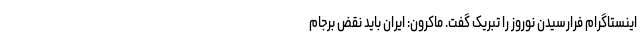
اینستاگرام فرارسیدن نوروز را تبریک گفت. ماکرون: ایران باید نقض برجام